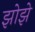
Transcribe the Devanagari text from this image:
झोझे